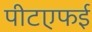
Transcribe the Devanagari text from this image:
पीटएफई